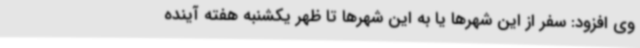
وی افزود: سفر از این شهرها یا به این شهرها تا ظهر یکشنبه هفته‌ آینده